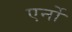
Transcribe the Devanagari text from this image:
एर्नो